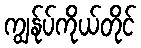
ကျွန်ုပ်ကိုယ်တိုင်